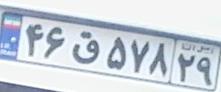
۱۷ی۴۸۴۶۸